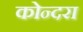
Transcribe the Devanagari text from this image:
कोन्दरा